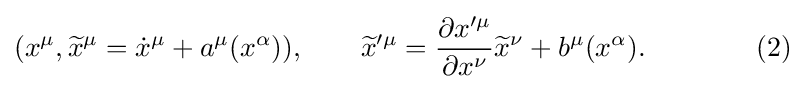
(x^{\mu },{\widetilde {x}}^{\mu }={\dot {x}}^{\mu }+a^{\mu }(x^{\alpha })),\qquad {\widetilde {x}}'^{\mu }={\frac {\partial x'^{\mu }}{\partial x^{\nu }}}{\widetilde {x}}^{\nu }+b^{\mu }(x^{\alpha }).\qquad \qquad (2)